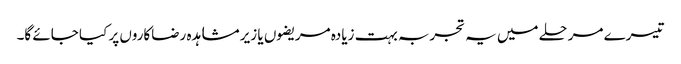
تیسرے مرحلے میں یہ تجربہ بہت زیادہ مریضوں یا زیر مشاہدہ رضاکاروں پر کیا جائے گا۔